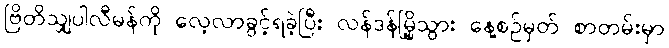
ဗြိတိသျှပါလီမန်ကို လေ့လာခွင့်ရခဲ့ပြီး လန်ဒန်မြို့သွား နေ့စဉ်မှတ် စာတမ်းမှာ